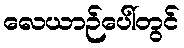
လေယာဉ်ပေါ်တွင်